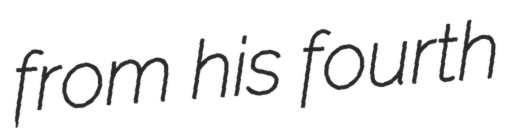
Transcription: from his fourth